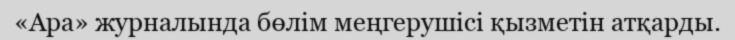
«Ара» журналында бөлім меңгерушісі қызметін атқарды.